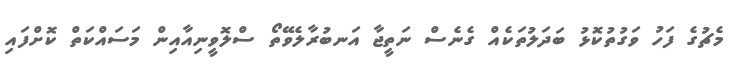
މެޗުގެ ފަހު ވަގުތުކޮޅު ބަދަލުތަކެއް ގެނެސް ނަތީޖާ އަނބުރާލެވޭތޯ ސްލޮވީނިއާއިން މަސައްކަތް ކޮށްފައި